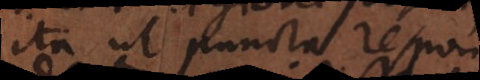
ita ut puncta respon